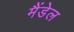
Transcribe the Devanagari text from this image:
मैंडेल